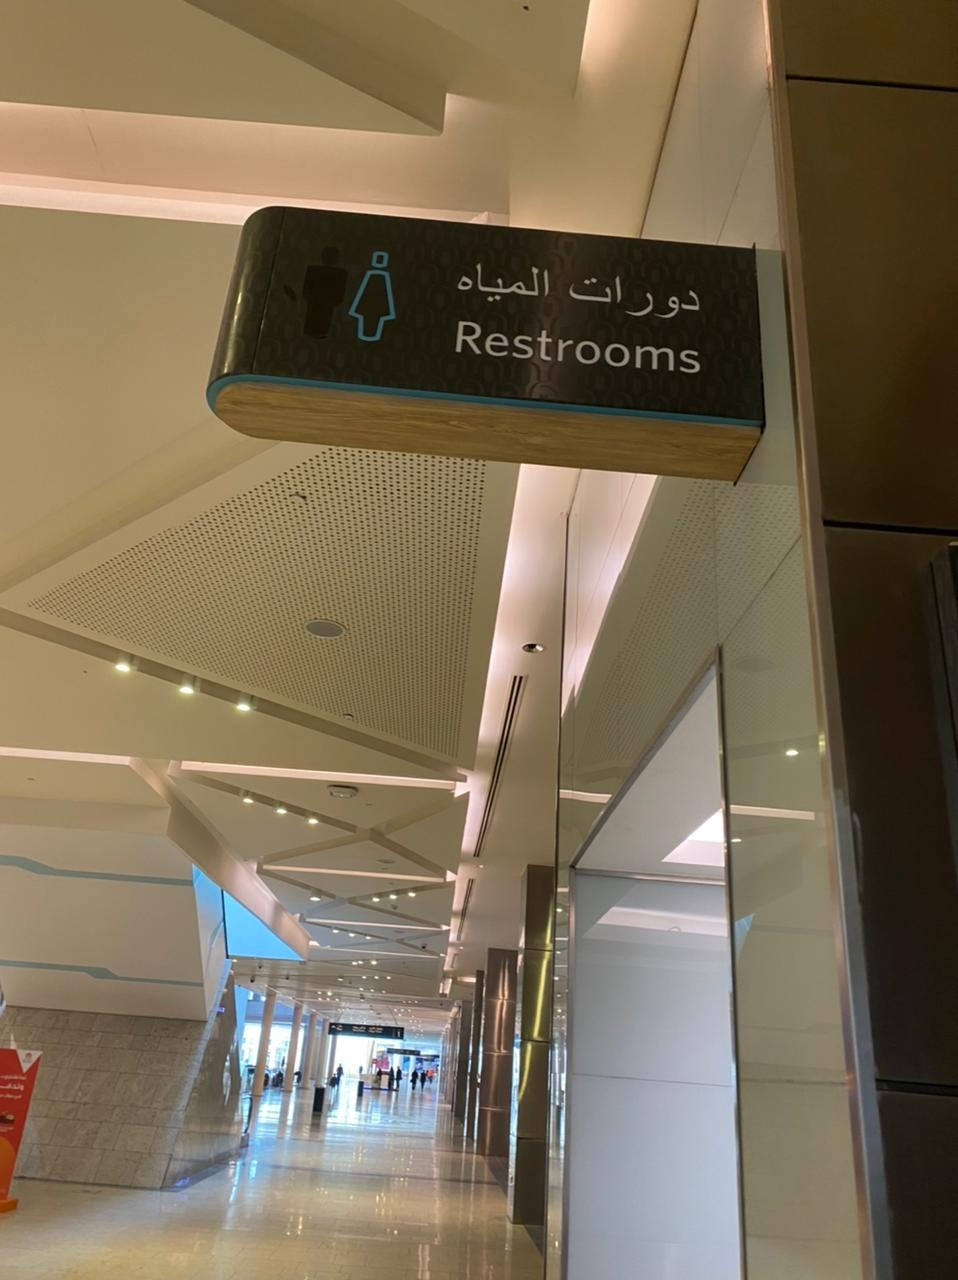
Text in image: المياه دورات Restrooms